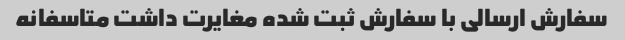
سفارش ارسالی با سفارش ثبت شده مغایرت داشت متاسفانه